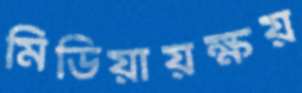
মিডিয়ায়ক্ষয়